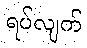
ရပ်လျက်